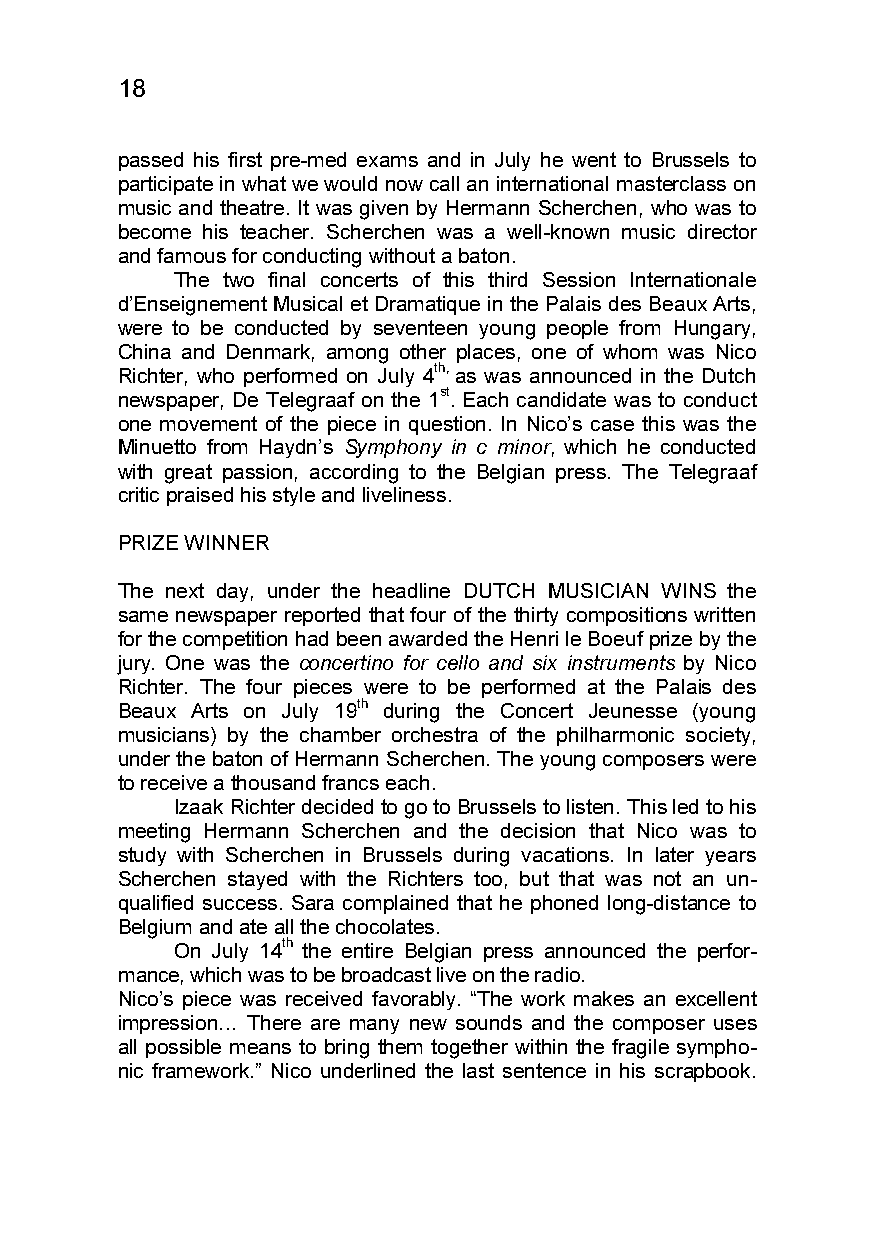
18
 passed his first pre-med exams and in July he went to Brussels to
 participate in what we would now call an international masterclass on
 music and theatre. It was given by Hermann Scherchen, who was to
 become his teacher. Scherchen was a well-known music director
 and famous for conducting without a baton.
 The two final concerts of this third Session Internationale
 d’Enseignement Musical et Dramatique in the Palais des Beaux Arts,
 were to be conducted by seventeen young people from Hungary,
 China and Denmark, among other places, one of whom was Nico
 Richter, who performed on July 4th, as was announced in the Dutch
 newspaper, De Telegraaf on the 1st. Each candidate was to conduct
 one movement of the piece in question. In Nico’s case this was the
 Minuetto from Haydn’s Symphony in c minor, which he conducted
 with great passion, according to the Belgian press. The Telegraaf
 critic praised his style and liveliness.
 PRIZE WINNER
 The next day, under the headline DUTCH MUSICIAN WINS the
 same newspaper reported that four of the thirty compositions written
 for the competition had been awarded the Henri le Boeuf prize by the
 jury. One was the concertino for cello and six instruments by Nico
 Richter. The four pieces were to be performed at the Palais des
 Beaux Arts on July 19th during the Concert Jeunesse (young
 musicians) by the chamber orchestra of the philharmonic society,
 under the baton of Hermann Scherchen. The young composers were
 to receive a thousand francs each.
 Izaak Richter decided to go to Brussels to listen. This led to his
 meeting Hermann Scherchen and the decision that Nico was to
 study with Scherchen in Brussels during vacations. In later years
 Scherchen stayed with the Richters too, but that was not an un-
 qualified success. Sara complained that he phoned long-distance to
 Belgium and ate all the chocolates.
 On July 14th the entire Belgian press announced the perfor-
 mance, which was to be broadcast live on the radio.
 Nico’s piece was received favorably. “The work makes an excellent
 impression… There are many new sounds and the composer uses
 all possible means to bring them together within the fragile sympho-
 nic framework.” Nico underlined the last sentence in his scrapbook.